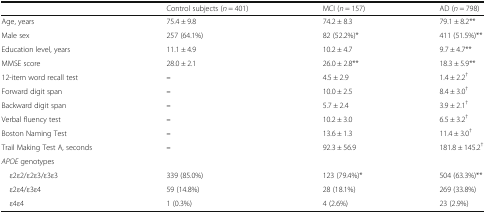
|  | Control subjects (n = 401) | MCI (n = 157) | AD (n = 798) |
 | --- | --- | --- | --- |
 | Age, years | 75.4 ± 9.8 | 74.2 ± 8.3 | 79.1 ± 8.2** |
 | Male sex | 257 (64.1%) | 82 (52.2%)* | 411 (51.5%)** |
 | Education level, years | 11.1 ± 4.9 | 10.2 ± 4.7 | 9.7 ± 4.7** |
 | MMSE score | 28.0 ± 2.1 | 26.0 ± 2.8** | 18.3 ± 5.9** |
 | 12-item word recall test | – | 4.5 ± 2.9 | 1.4 ± 2.2† |
 | Forward digit span | – | 10.0 ± 2.5 | 8.4 ± 3.0† |
 | Backward digit span | – | 5.7 ± 2.4 | 3.9 ± 2.1† |
 | Verbal fluency test | – | 10.2 ± 3.0 | 6.5 ± 3.2† |
 | Boston Naming Test | – | 13.6 ± 1.3 | 11.4 ± 3.0† |
 | Trail Making Test A, seconds | – | 92.3 ± 56.9 | 181.8 ± 145.2† |
 | <COLSPAN=4> APOE genotypes |
 | ε2ε2/ε2ε3/ε3ε3 | 339 (85.0%) | 123 (79.4%)* | 504 (63.3%)** |
 | ε2ε4/ε3ε4 | 59 (14.8%) | 28 (18.1%) | 269 (33.8%) |
 | ε4ε4 | 1 (0.3%) | 4 (2.6%) | 23 (2.9%) |